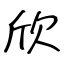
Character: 欣